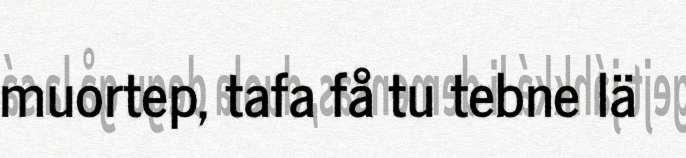
muortep, tafa få tu tebne lä